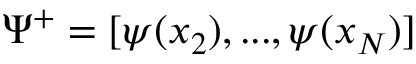
\Psi ^ { + } = [ \psi ( x _ { 2 } ) , . . . , \psi ( x _ { N } ) ]